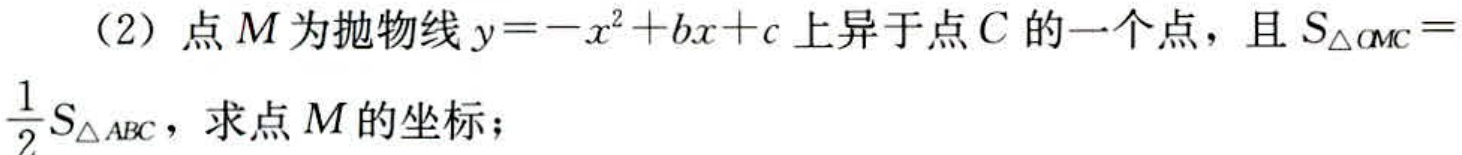
（2）点\(M\)为抛物线\(y = -x^{2}+bx + c\)上异于点\(C\)的一个点，且\(S_{\triangle OMC}=\frac{1}{2}S_{\triangle ABC}\)，求点\(M\)的坐标；